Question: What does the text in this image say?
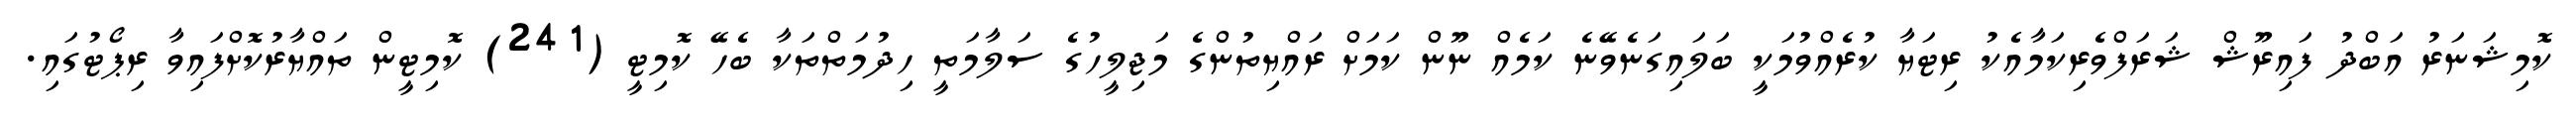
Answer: ކޮމިޝަނަރު އަބްދު ފައިރޫޝް ޝަރަފްވެރިކަމާއެކު ރިޓަޔާ ކުރެއްވުމަކީ ބަލައިގަނެވޭނެ ކަމެއް ނޫން ކަމަށް ރައްޔިތުންގެ މަޖިލީހުގެ ސަލާމަތީ ހިދުމަތްތަކާ ބެހޭ ކޮމިޓީ (241) ކޮމިޓީން ތައްޔާރުކޮށްފައިވާ ރިޕޯޓުގައި.